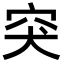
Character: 突